65_HS1-834228961_62-HQ-83894_Section_1
Agency: FBI
Page 44
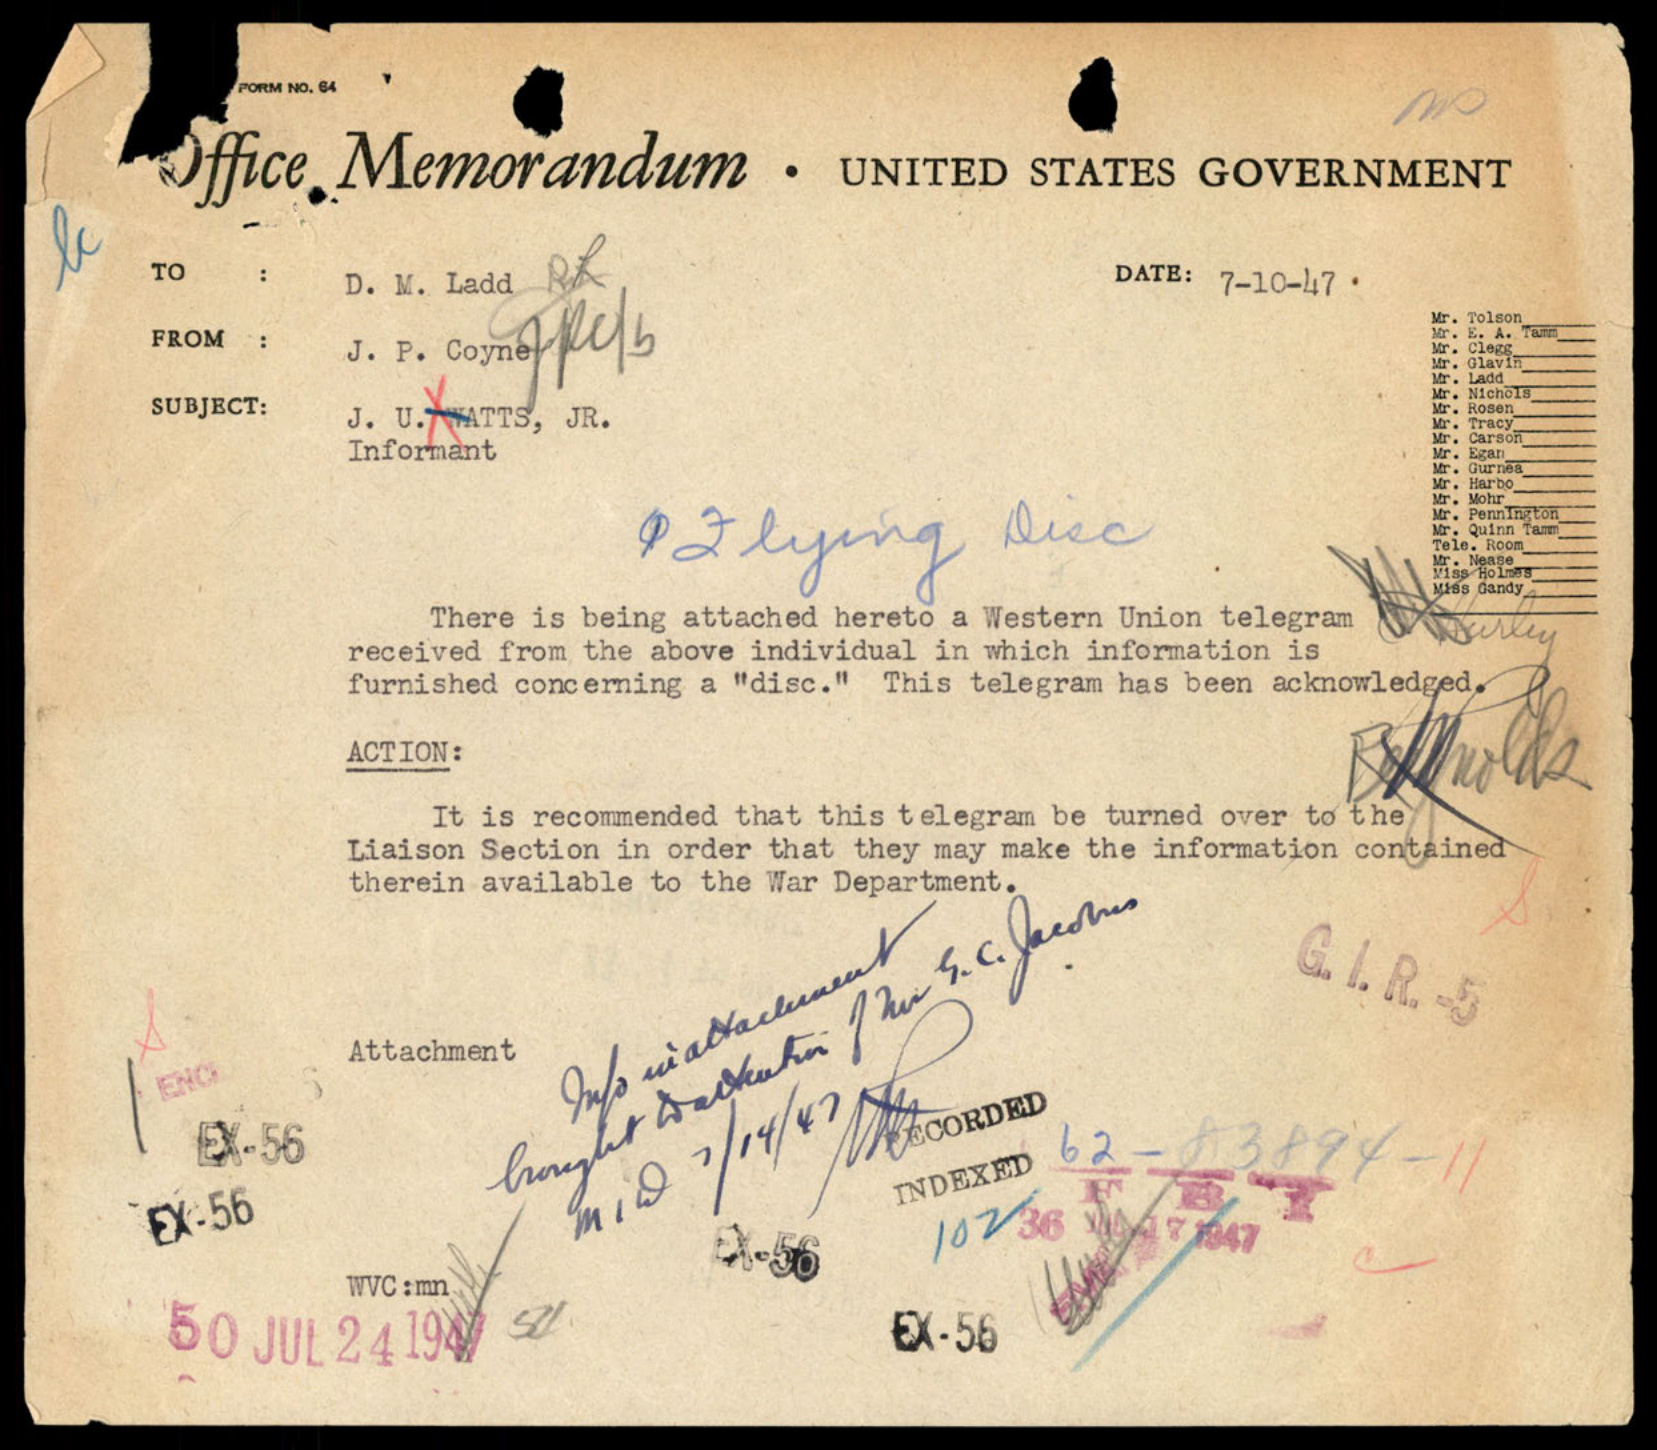